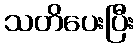
သတိပေးပြီး